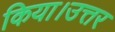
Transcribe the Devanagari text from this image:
किया।उत्तर